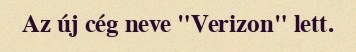
Az új cég neve "Verizon" lett.